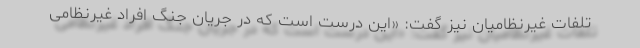
تلفات غیرنظامیان نیز گفت: «این درست است که در جریان جنگ افراد غیرنظامی